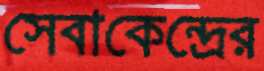
সেবাকেন্দ্রের